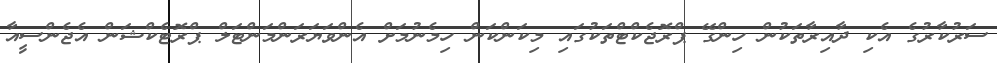
ސަރުކާރުގެ އެކި ދާއިރާތަކުން ހިންގޭ ޕްރޮޖެކްޓްތަކުގައި މިކަންކަން ހިމެނުމަށް އެންވަޔަރަންމަންޓަލް ޕްރޮޓެކްޝަން އެޖެންސީއާ